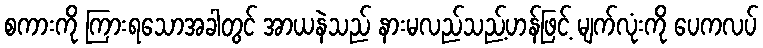
စကားကို ကြားရသောအခါတွင် အာယနဲသည် နားမလည်သည့်ဟန်ဖြင့် မျက်လုံးကို ပေကလပ်